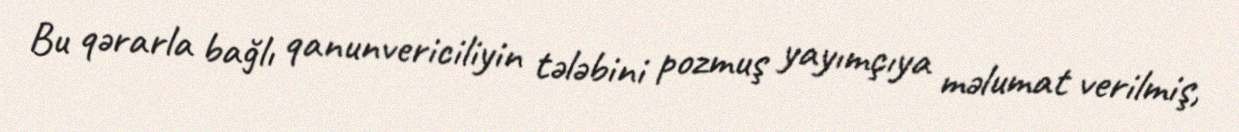
Bu qərarla bağlı qanunvericiliyin tələbini pozmuş yayımçıya məlumat verilmiş,